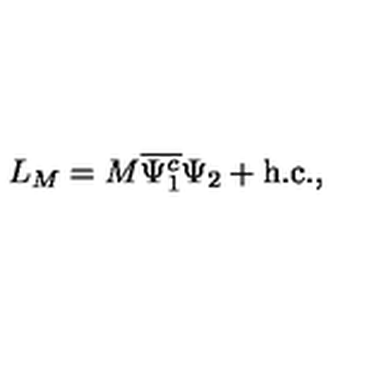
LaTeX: L _ { M } = M \overline { { \Psi _ { 1 } ^ { c } } } \Psi _ { 2 } + \mathrm { h . c . } ,